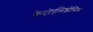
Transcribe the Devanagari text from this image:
केटोएसिड़ोसिस